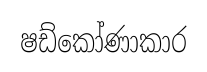
ෂඩ්කෝණාකාර